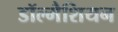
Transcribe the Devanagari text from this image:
डॉल्मैशियन